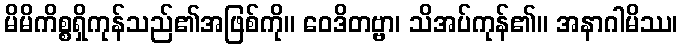
မိမိကိစ္စရှိကုန်သည်၏အဖြစ်ကို။ ဝေဒိတဗ္ဗာ၊ သိအပ်ကုန်၏။ အနာဂါမိဿ၊